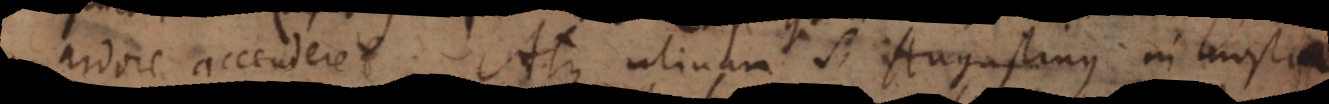
ardore accenderet. Atque utinam S. Augustinus in nostra